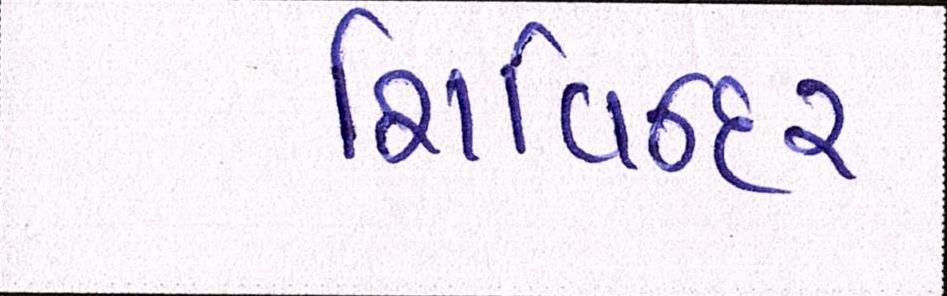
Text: શિવિન્દર